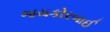
જયકોરબાઈ